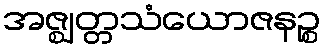
အဇ္ဈတ္တသံယောဇနဉ္စ